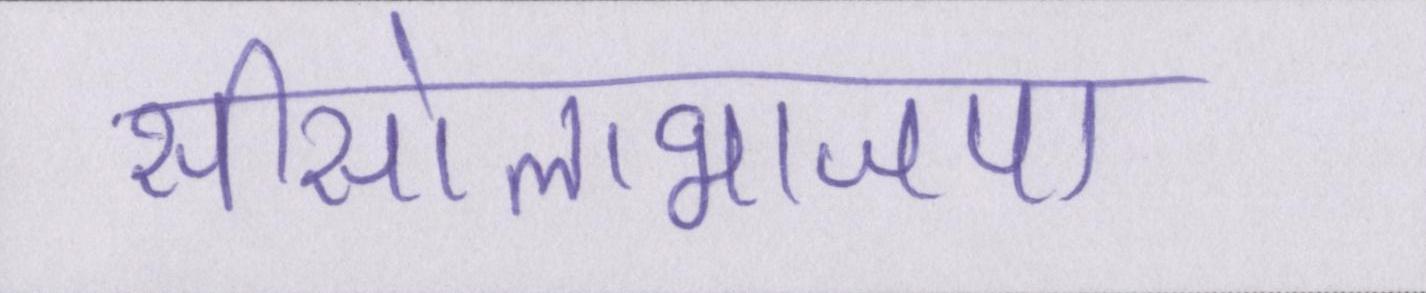
सीसोलाभाजपा